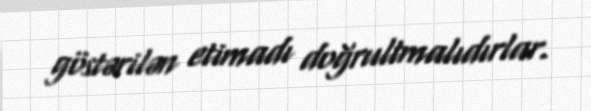
göstərilən etimadı doğrultmalıdırlar.